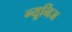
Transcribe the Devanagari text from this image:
न्यूनिज